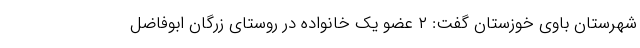
شهرستان باوی خوزستان گفت: ۲ عضو یک خانواده در روستای زرگان ابوفاضل